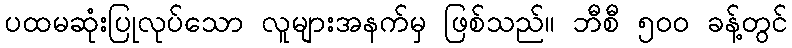
ပထမဆုံးပြုလုပ်သော လူများအနက်မှ ဖြစ်သည်။ ဘီစီ ၅၀၀ ခန့်တွင်